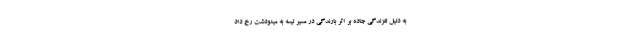
به دلیل لغزندگی جاده بر اثر بارندگی در مسیر لیسه به مینودشت رخ داد